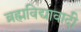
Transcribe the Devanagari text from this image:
ब्रह्मविद्यावादी